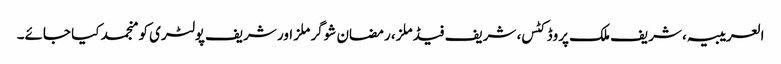
العریبیہ، شریف ملک پروڈکٹس، شریف فیڈ ملز، رمضان شوگر ملز اور شریف پولٹری کو منجمد کیا جائے۔